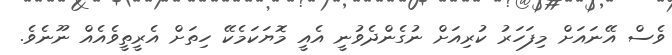
ވެސް އޭނައަށް މިފަހަރު ކުރިއަށް ނުގެންދެވުނީ އެއީ މޮޔަކަމެކޭ ހިތަށް އެރީތީވެއެއް ނޫނެވެ.